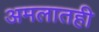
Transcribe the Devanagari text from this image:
अमलातही